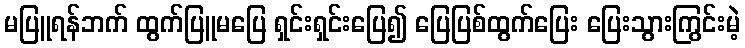
မပြူရန်ဘက် ထွက်ပြူမပြေ ရှင်းရှင်းပြေ၍ ပြေပြစ်ထွက်ပြေး ပြေးသွားကြွင်းမဲ့